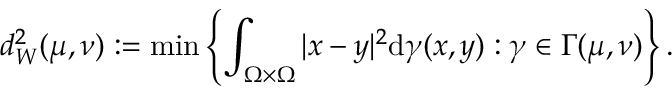
d _ { W } ^ { 2 } ( \mu , \nu ) : = \operatorname* { m i n } \left\{ \int _ { \Omega \times \Omega } | x - y | ^ { 2 } \mathrm { d } \gamma ( x , y ) : \gamma \in \Gamma ( \mu , \nu ) \right\} .